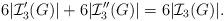
LaTeX: \begin{align*}6 | \mathcal{I}_{3}'(G) | + 6 | \mathcal{I}_{3}'' (G) | = 6 | \mathcal{I}_3 (G) |.\end{align*}